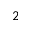
_ { 2 }